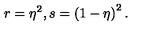
r = \eta ^ { 2 } , s = \left( 1 - \eta \right) ^ { 2 } .